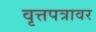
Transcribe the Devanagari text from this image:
वृत्तपत्रावर